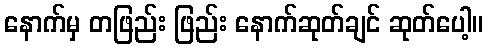
နောက်မှ တဖြည်း ဖြည်း နောက်ဆုတ်ချင် ဆုတ်ပေါ့။